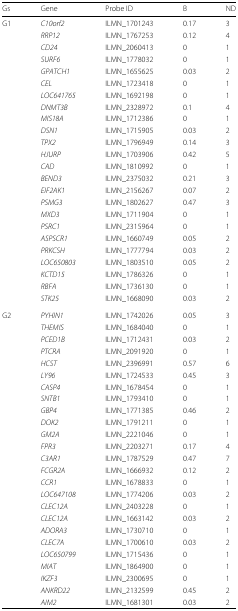
<table><thead><tr><td><b>Gs</b></td><td><b>Gene</b></td><td><b>Probe ID</b></td><td><b>B</b></td><td><b>ND</b></td></tr></thead><tbody><tr><td>G1</td><td><i>C10orf2</i></td><td>ILMN_1701243</td><td>0.17</td><td>3</td></tr><tr><td></td><td><i>RRP12</i></td><td>ILMN_1767253</td><td>0.12</td><td>4</td></tr><tr><td></td><td><i>CD24</i></td><td>ILMN_2060413</td><td>0</td><td>1</td></tr><tr><td></td><td><i>SURF6</i></td><td>ILMN_1778032</td><td>0</td><td>1</td></tr><tr><td></td><td><i>GPATCH1</i></td><td>ILMN_1655625</td><td>0.03</td><td>2</td></tr><tr><td></td><td><i>CEL</i></td><td>ILMN_1723418</td><td>0</td><td>1</td></tr><tr><td></td><td><i>LOC641765</i></td><td>ILMN_1692198</td><td>0</td><td>1</td></tr><tr><td></td><td><i>DNMT3B</i></td><td>ILMN_2328972</td><td>0.1</td><td>4</td></tr><tr><td></td><td><i>MIS18A</i></td><td>ILMN_1712386</td><td>0</td><td>1</td></tr><tr><td></td><td><i>DSN1</i></td><td>ILMN_1715905</td><td>0.03</td><td>2</td></tr><tr><td></td><td><i>TPX2</i></td><td>ILMN_1796949</td><td>0.14</td><td>3</td></tr><tr><td></td><td><i>HJURP</i></td><td>ILMN_1703906</td><td>0.42</td><td>5</td></tr><tr><td></td><td><i>CAD</i></td><td>ILMN_1810992</td><td>0</td><td>1</td></tr><tr><td></td><td><i>BEND3</i></td><td>ILMN_2375032</td><td>0.21</td><td>3</td></tr><tr><td></td><td><i>EIF2AK1</i></td><td>ILMN_2156267</td><td>0.07</td><td>2</td></tr><tr><td></td><td><i>PSMG3</i></td><td>ILMN_1802627</td><td>0.47</td><td>3</td></tr><tr><td></td><td><i>MXD3</i></td><td>ILMN_1711904</td><td>0</td><td>1</td></tr><tr><td></td><td><i>PSRC1</i></td><td>ILMN_2315964</td><td>0</td><td>1</td></tr><tr><td></td><td><i>ASPSCR1</i></td><td>ILMN_1660749</td><td>0.05</td><td>2</td></tr><tr><td></td><td><i>PRKCSH</i></td><td>ILMN_1777794</td><td>0.03</td><td>2</td></tr><tr><td></td><td><i>LOC650803</i></td><td>ILMN_1803510</td><td>0.05</td><td>2</td></tr><tr><td></td><td><i>KCTD15</i></td><td>ILMN_1786326</td><td>0</td><td>1</td></tr><tr><td></td><td><i>RBFA</i></td><td>ILMN_1736130</td><td>0</td><td>1</td></tr><tr><td></td><td><i>STK25</i></td><td>ILMN_1668090</td><td>0.03</td><td>2</td></tr><tr><td>G2</td><td><i>PYHIN1</i></td><td>ILMN_1742026</td><td>0.05</td><td>3</td></tr><tr><td></td><td><i>THEMIS</i></td><td>ILMN_1684040</td><td>0</td><td>1</td></tr><tr><td></td><td><i>PCED1B</i></td><td>ILMN_1712431</td><td>0.03</td><td>2</td></tr><tr><td></td><td><i>PTCRA</i></td><td>ILMN_2091920</td><td>0</td><td>1</td></tr><tr><td></td><td><i>HCST</i></td><td>ILMN_2396991</td><td>0.57</td><td>6</td></tr><tr><td></td><td><i>LY96</i></td><td>ILMN_1724533</td><td>0.45</td><td>3</td></tr><tr><td></td><td><i>CASP4</i></td><td>ILMN_1678454</td><td>0</td><td>1</td></tr><tr><td></td><td><i>SNTB1</i></td><td>ILMN_1793410</td><td>0</td><td>1</td></tr><tr><td></td><td><i>GBP4</i></td><td>ILMN_1771385</td><td>0.46</td><td>2</td></tr><tr><td></td><td><i>DOK2</i></td><td>ILMN_1791211</td><td>0</td><td>1</td></tr><tr><td></td><td><i>GM2A</i></td><td>ILMN_2221046</td><td>0</td><td>1</td></tr><tr><td></td><td><i>FPR3</i></td><td>ILMN_2203271</td><td>0.17</td><td>4</td></tr><tr><td></td><td><i>C3AR1</i></td><td>ILMN_1787529</td><td>0.47</td><td>7</td></tr><tr><td></td><td><i>FCGR2A</i></td><td>ILMN_1666932</td><td>0.12</td><td>2</td></tr><tr><td></td><td><i>CCR1</i></td><td>ILMN_1678833</td><td>0</td><td>1</td></tr><tr><td></td><td><i>LOC647108</i></td><td>ILMN_1774206</td><td>0.03</td><td>2</td></tr><tr><td></td><td><i>CLEC12A</i></td><td>ILMN_2403228</td><td>0</td><td>1</td></tr><tr><td></td><td><i>CLEC12A</i></td><td>ILMN_1663142</td><td>0.03</td><td>2</td></tr><tr><td></td><td><i>ADORA3</i></td><td>ILMN_1730710</td><td>0</td><td>1</td></tr><tr><td></td><td><i>CLEC7A</i></td><td>ILMN_1700610</td><td>0.03</td><td>2</td></tr><tr><td></td><td><i>LOC650799</i></td><td>ILMN_1715436</td><td>0</td><td>1</td></tr><tr><td></td><td><i>MIAT</i></td><td>ILMN_1864900</td><td>0</td><td>1</td></tr><tr><td></td><td><i>IKZF3</i></td><td>ILMN_2300695</td><td>0</td><td>1</td></tr><tr><td></td><td><i>ANKRD22</i></td><td>ILMN_2132599</td><td>0.45</td><td>2</td></tr><tr><td></td><td><i>AIM2</i></td><td>ILMN_1681301</td><td>0.03</td><td>2</td></tr></tbody></table>